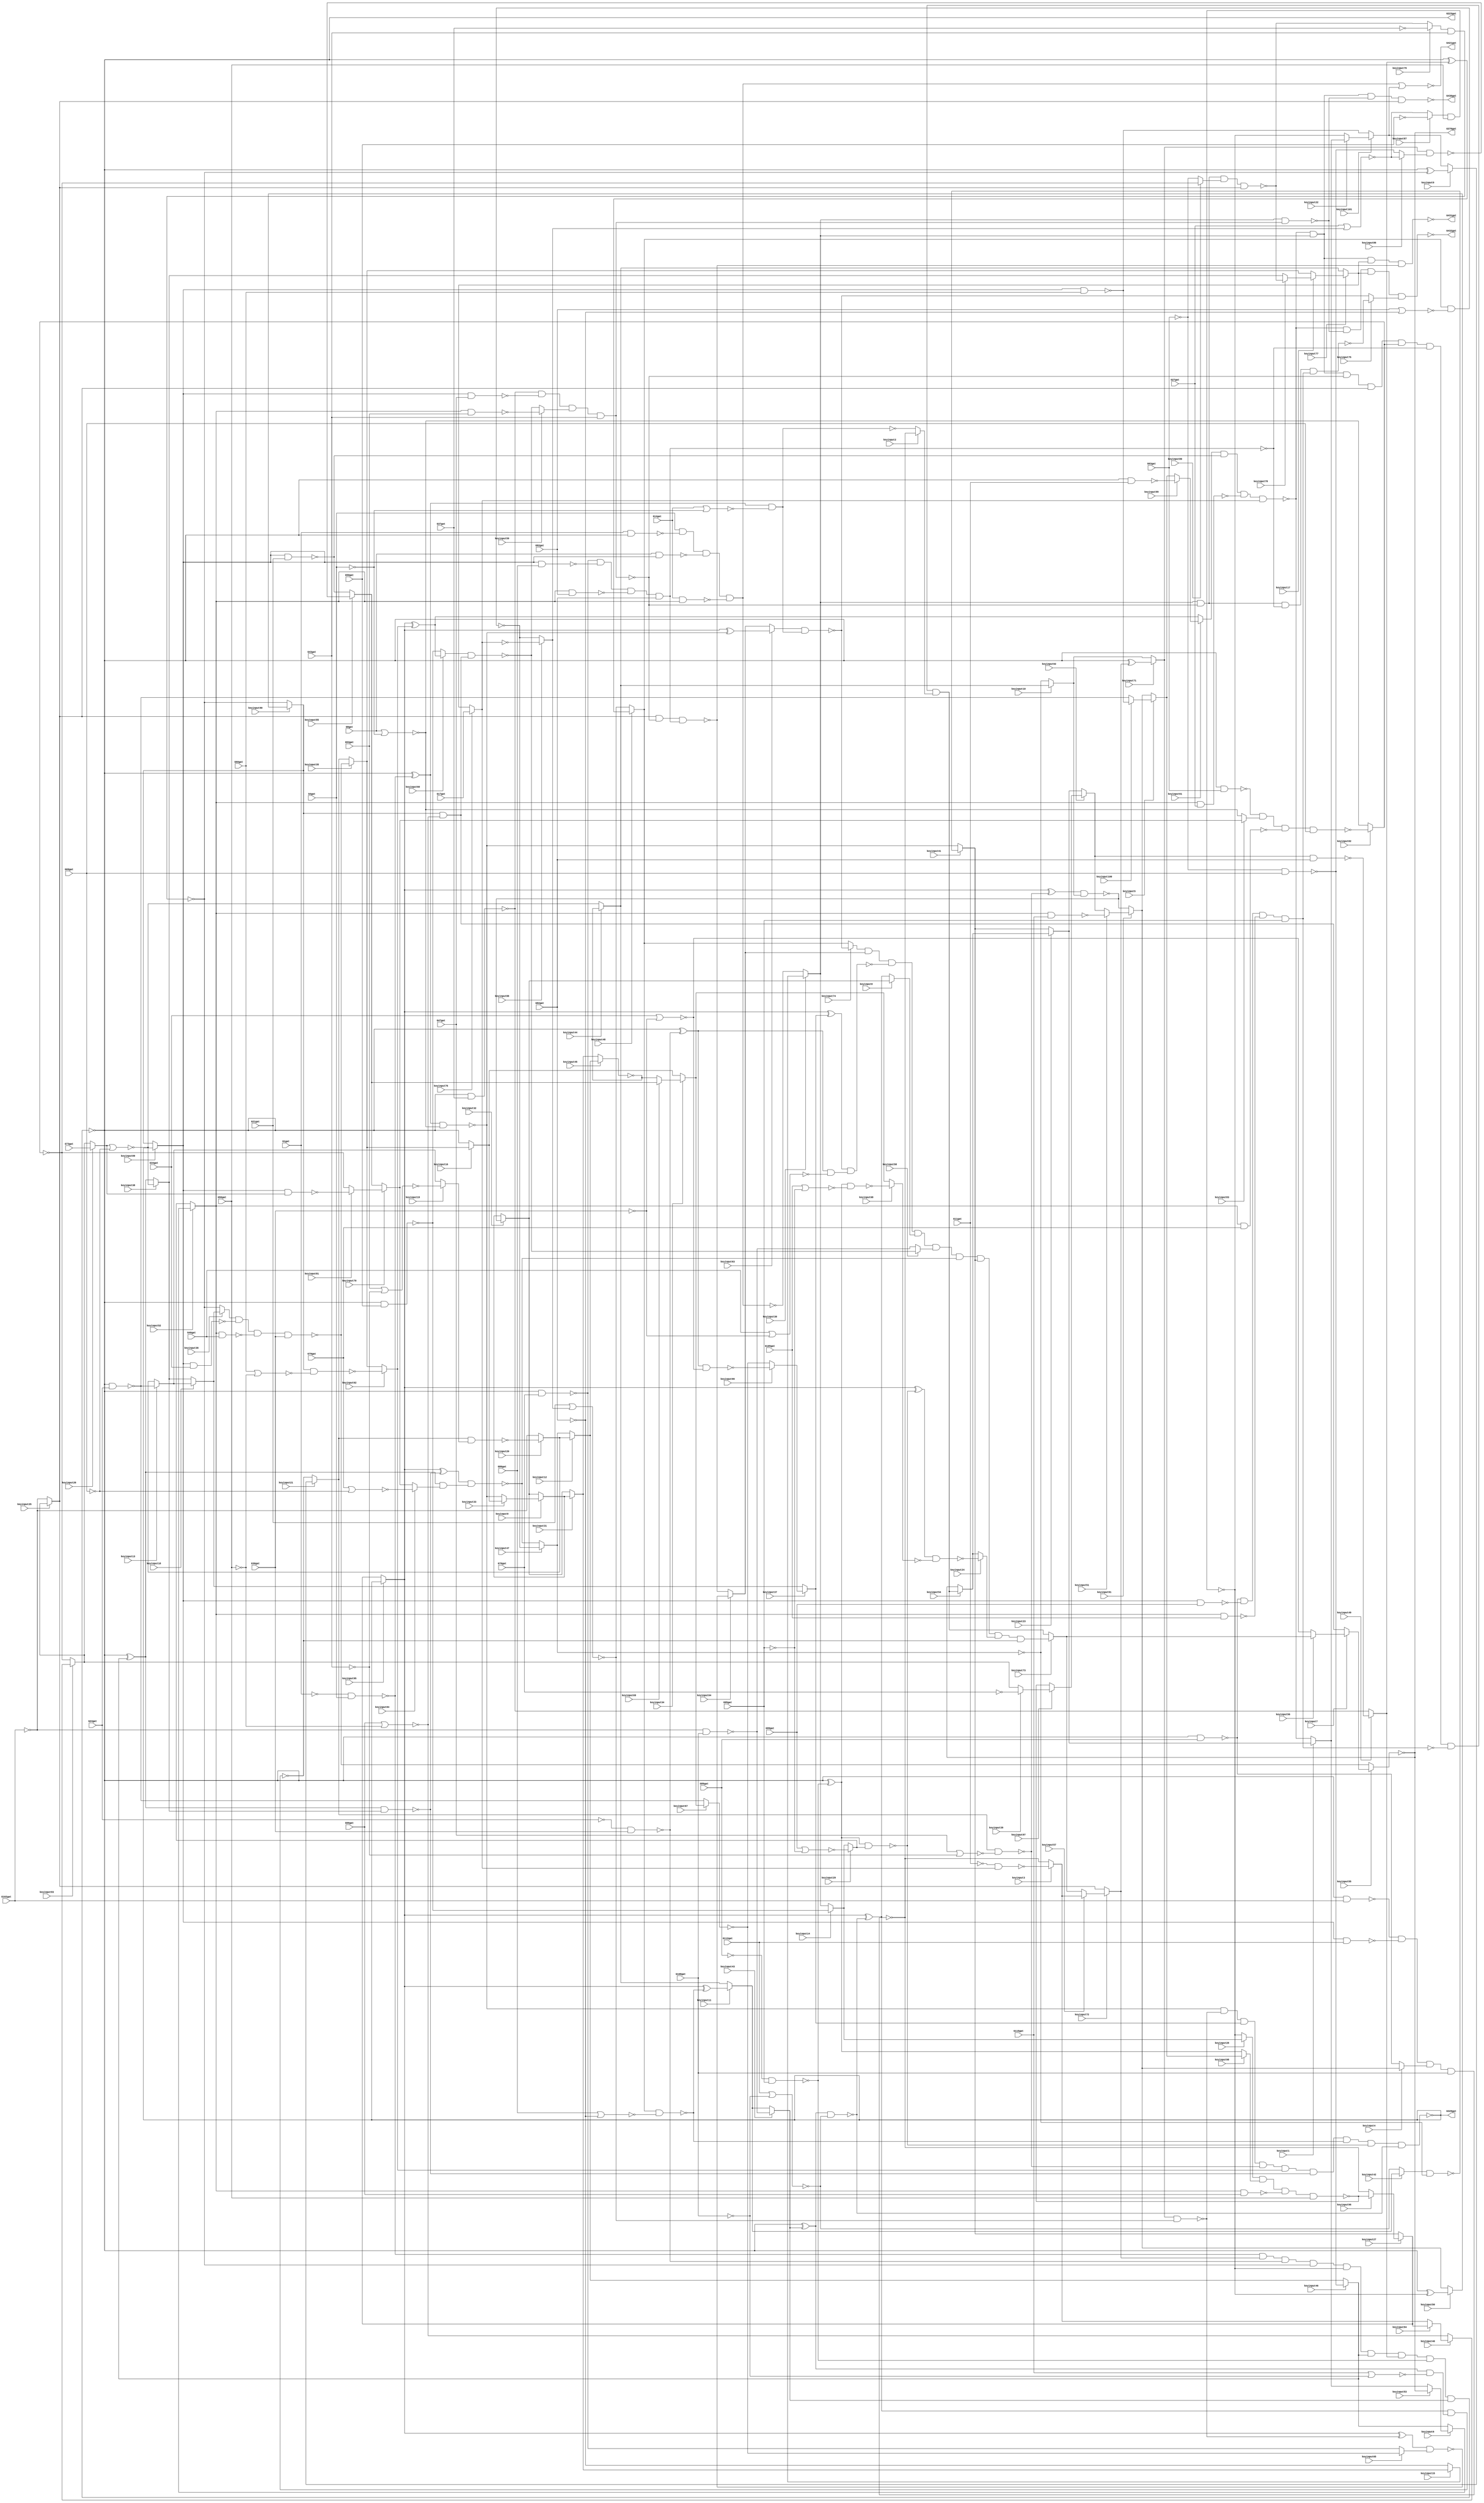
// This program was cloned from: https://github.com/matthewdelorenzo/CreativEval
// License: BSD 3-Clause "New" or "Revised" License

// Verilog File 
module top (G1gat,G4gat,G8gat,G11gat,G14gat,G17gat,G21gat,G24gat,G27gat,
G30gat,G34gat,G37gat,G40gat,G43gat,G47gat,G50gat,G53gat,G56gat,G60gat,
G63gat,G66gat,G69gat,G73gat,G76gat,G79gat,G82gat,G86gat,G89gat,G92gat,
G95gat,G99gat,G102gat,G105gat,G108gat,G112gat,G115gat,G223gat,G329gat,G370gat,
G421gat,G430gat,G431gat,G432gat,keyinput0,keyinput1,keyinput2,keyinput3,keyinput4,keyinput5,
keyinput6,keyinput7,keyinput8,keyinput9,keyinput10,keyinput11,keyinput12,keyinput13,keyinput14,keyinput15,
keyinput16,keyinput17,keyinput18,keyinput19,keyinput20,keyinput21,keyinput22,keyinput23,keyinput24,keyinput25,
keyinput26,keyinput27,keyinput28,keyinput29,keyinput30,keyinput31,keyinput32,keyinput33,keyinput34,keyinput35,
keyinput36,keyinput37,keyinput38,keyinput39,keyinput40,keyinput41,keyinput42,keyinput43,keyinput44,keyinput45,
keyinput46,keyinput47,keyinput48,keyinput49,keyinput50,keyinput51,keyinput52,keyinput53,keyinput54,keyinput55,
keyinput56,keyinput57,keyinput58,keyinput59,keyinput60,keyinput61,keyinput62,keyinput63,keyinput64,keyinput65,
keyinput66,keyinput67,keyinput68,keyinput69,keyinput70,keyinput71,keyinput72,keyinput73,keyinput74,keyinput75,
keyinput76,keyinput77,keyinput78,keyinput79,keyinput80,keyinput81,keyinput82,keyinput83,keyinput84,keyinput85,
keyinput86,keyinput87,keyinput88,keyinput89,keyinput90,keyinput91,keyinput92,keyinput93,keyinput94,keyinput95,
keyinput96,keyinput97,keyinput98,keyinput99,keyinput100,keyinput101);

input G1gat,G4gat,G8gat,G11gat,G14gat,G17gat,G21gat,G24gat,G27gat,
G30gat,G34gat,G37gat,G40gat,G43gat,G47gat,G50gat,G53gat,G56gat,G60gat,
G63gat,G66gat,G69gat,G73gat,G76gat,G79gat,G82gat,G86gat,G89gat,G92gat,
G95gat,G99gat,G102gat,G105gat,G108gat,G112gat,G115gat,keyinput0,keyinput1,keyinput2,
keyinput3,keyinput4,keyinput5,keyinput6,keyinput7,keyinput8,keyinput9,keyinput10,keyinput11,keyinput12,
keyinput13,keyinput14,keyinput15,keyinput16,keyinput17,keyinput18,keyinput19,keyinput20,keyinput21,keyinput22,
keyinput23,keyinput24,keyinput25,keyinput26,keyinput27,keyinput28,keyinput29,keyinput30,keyinput31,keyinput32,
keyinput33,keyinput34,keyinput35,keyinput36,keyinput37,keyinput38,keyinput39,keyinput40,keyinput41,keyinput42,
keyinput43,keyinput44,keyinput45,keyinput46,keyinput47,keyinput48,keyinput49,keyinput50,keyinput51,keyinput52,
keyinput53,keyinput54,keyinput55,keyinput56,keyinput57,keyinput58,keyinput59,keyinput60,keyinput61,keyinput62,
keyinput63,keyinput64,keyinput65,keyinput66,keyinput67,keyinput68,keyinput69,keyinput70,keyinput71,keyinput72,
keyinput73,keyinput74,keyinput75,keyinput76,keyinput77,keyinput78,keyinput79,keyinput80,keyinput81,keyinput82,
keyinput83,keyinput84,keyinput85,keyinput86,keyinput87,keyinput88,keyinput89,keyinput90,keyinput91,keyinput92,
keyinput93,keyinput94,keyinput95,keyinput96,keyinput97,keyinput98,keyinput99,keyinput100,keyinput101;

output G223gat,G329gat,G370gat,G421gat,G430gat,G431gat,G432gat;

wire G118gat,G119gat,G122gat,G123gat,G126gat,G127gat,G130gat,G131gat,G134gat,
G135gat,G138gat,G139gat,G142gat,G143gat,G146gat,G147gat,G150gat,G151gat,G154gat,
G157gat,G158gat,G159gat,G162gat,G165gat,G168gat,G171gat,G174gat,G177gat,G180gat,
G183gat,G184gat,G185gat,G186gat,G187gat,G188gat,G189gat,G190gat,G191gat,G192gat,
G193gat,G194gat,G195gat,G196gat,G197gat,G198gat,G199gat,G203gat,G213gat,G224gat,
G227gat,G230gat,G233gat,G236gat,G239gat,G242gat,G243gat,G246gat,G247gat,G250gat,
G251gat,G254gat,G255gat,G256gat,G257gat,G258gat,G259gat,G260gat,G263gat,G264gat,
G267gat,G270gat,G273gat,G276gat,G279gat,G282gat,G285gat,G288gat,G289gat,G290gat,
G291gat,G292gat,G293gat,G294gat,G295gat,G296gat,G300gat,G301gat,G302gat,G303gat,
G304gat,G305gat,G306gat,G307gat,G308gat,G309gat,G319gat,G330gat,G331gat,G332gat,
G333gat,G334gat,G335gat,G336gat,G337gat,G338gat,G339gat,G340gat,G341gat,G342gat,
G343gat,G344gat,G345gat,G346gat,G347gat,G348gat,G349gat,G350gat,G351gat,G352gat,
G353gat,G354gat,G355gat,G356gat,G357gat,G360gat,G371gat,G372gat,G373gat,G374gat,
G375gat,G376gat,G377gat,G378gat,G379gat,G380gat,G381gat,G386gat,G393gat,G399gat,
G404gat,G407gat,G411gat,G414gat,G415gat,G416gat,G417gat,G418gat,G419gat,G420gat,
G422gat,G425gat,G428gat,G429gat,muxed0,muxed1,muxed2,muxed3,muxed4,muxed5,
muxed6,muxed7,muxed8,muxed9,muxed10,muxed11,muxed12,muxed13,muxed14,muxed15,
muxed16,muxed17,muxed18,muxed19,muxed20,muxed21,muxed22,muxed23,muxed24,muxed25,
muxed26,muxed27,muxed28,muxed29,muxed30,muxed31,muxed32,muxed33,muxed34,muxed35,
muxed36,muxed37,muxed38,muxed39,muxed40,muxed41,muxed42,muxed43,muxed44,muxed45,
muxed46,muxed47,muxed48,muxed49,muxed50,muxed51,muxed52,muxed53,muxed54,muxed55,
muxed56,muxed57,muxed58,muxed59,muxed60,muxed61,muxed62,muxed63,muxed64,muxed65,
muxed66,muxed67,muxed68,muxed69,muxed70,muxed71,muxed72,muxed73,muxed74,muxed75,
muxed76,muxed77,muxed78,muxed79,muxed80,muxed81,muxed82,muxed83,muxed84,muxed85,
muxed86,muxed87,muxed88,muxed89,muxed90,muxed91,muxed92,muxed93,muxed94,muxed95,
muxed96,muxed97,muxed98,muxed99,muxed100,muxed101;
not gate_0(G118gat,G1gat);
not gate_1(G119gat,G4gat);
not gate_2(G122gat,G11gat);
not gate_3(G123gat,muxed76);
not gate_4(G126gat,G24gat);
not gate_5(G127gat,G30gat);
not gate_6(G130gat,G37gat);
not gate_7(G131gat,G43gat);
not gate_8(G134gat,G50gat);
not gate_9(G135gat,G56gat);
not gate_10(G138gat,G63gat);
not gate_11(G139gat,G69gat);
not gate_12(G142gat,G76gat);
not gate_13(G143gat,G82gat);
not gate_14(G146gat,G89gat);
not gate_15(G147gat,G95gat);
not gate_16(G150gat,G102gat);
not gate_17(G151gat,G108gat);
nand gate_18(G154gat,G118gat,G4gat);
nor gate_19(G157gat,G8gat,G119gat);
nor gate_20(G158gat,G14gat,G119gat);
nand gate_21(G159gat,G122gat,muxed76);
nand gate_22(G162gat,G126gat,G30gat);
nand gate_23(G165gat,muxed79,G43gat);
nand gate_24(G168gat,muxed87,G56gat);
nand gate_25(G171gat,G138gat,G69gat);
nand gate_26(G174gat,muxed92,G82gat);
nand gate_27(G177gat,G146gat,G95gat);
nand gate_28(G180gat,G150gat,G108gat);
nor gate_29(G183gat,G21gat,muxed88);
nor gate_30(G184gat,G27gat,muxed88);
nor gate_31(G185gat,G34gat,G127gat);
nor gate_32(G186gat,G40gat,G127gat);
nor gate_33(G187gat,G47gat,G131gat);
nor gate_34(G188gat,G53gat,G131gat);
nor gate_35(G189gat,G60gat,G135gat);
nor gate_36(G190gat,G66gat,G135gat);
nor gate_37(G191gat,muxed26,G139gat);
nor gate_38(G192gat,G79gat,G139gat);
nor gate_39(G193gat,G86gat,G143gat);
nor gate_40(G194gat,G92gat,G143gat);
nor gate_41(G195gat,G99gat,G147gat);
nor gate_42(G196gat,G105gat,G147gat);
nor gate_43(G197gat,G112gat,G151gat);
nor gate_44(G198gat,G115gat,G151gat);
and gate_45(G199gat,G154gat,muxed72,G162gat,G165gat,G168gat,muxed46,muxed49,G177gat,muxed43);
not gate_46(G203gat,G199gat);
not gate_47(G213gat,G199gat);
not gate_48(G223gat,G199gat);
xor gate_49(G224gat,G203gat,G154gat);
xor gate_50(G227gat,G203gat,muxed72);
xor gate_51(G230gat,G203gat,G162gat);
xor gate_52(G233gat,G203gat,G165gat);
xor gate_53(G236gat,G203gat,G168gat);
xor gate_54(G239gat,G203gat,muxed46);
nand gate_55(G242gat,G1gat,G213gat);
xor gate_56(G243gat,G203gat,muxed49);
nand gate_57(G246gat,G213gat,G11gat);
xor gate_58(G247gat,G203gat,G177gat);
nand gate_59(G250gat,G213gat,G24gat);
xor gate_60(G251gat,G203gat,muxed43);
nand gate_61(G254gat,G213gat,G37gat);
nand gate_62(G255gat,G213gat,G50gat);
nand gate_63(G256gat,G213gat,G63gat);
nand gate_64(G257gat,G213gat,G76gat);
nand gate_65(G258gat,G213gat,G89gat);
nand gate_66(G259gat,G213gat,G102gat);
nand gate_67(G260gat,G224gat,G157gat);
nand gate_68(G263gat,G224gat,G158gat);
nand gate_69(G264gat,muxed71,G183gat);
nand gate_70(G267gat,G230gat,G185gat);
nand gate_71(G270gat,muxed21,G187gat);
nand gate_72(G273gat,muxed90,G189gat);
nand gate_73(G276gat,G239gat,muxed38);
nand gate_74(G279gat,muxed48,G193gat);
nand gate_75(G282gat,G247gat,muxed29);
nand gate_76(G285gat,G251gat,G197gat);
nand gate_77(G288gat,muxed71,muxed86);
nand gate_78(G289gat,G230gat,G186gat);
nand gate_79(G290gat,muxed21,muxed19);
nand gate_80(G291gat,muxed90,G190gat);
nand gate_81(G292gat,G239gat,muxed84);
nand gate_82(G293gat,muxed48,G194gat);
nand gate_83(G294gat,G247gat,G196gat);
nand gate_84(G295gat,G251gat,G198gat);
and gate_85(G296gat,G260gat,G264gat,muxed37,G270gat,muxed62,G276gat,G279gat,G282gat,G285gat);
not gate_86(G300gat,G263gat);
not gate_87(G301gat,muxed67);
not gate_88(G302gat,G289gat);
not gate_89(G303gat,muxed45);
not gate_90(G304gat,G291gat);
not gate_91(G305gat,G292gat);
not gate_92(G306gat,muxed47);
not gate_93(G307gat,muxed68);
not gate_94(G308gat,G295gat);
not gate_95(G309gat,G296gat);
not gate_96(G319gat,G296gat);
not gate_97(G329gat,G296gat);
xor gate_98(G330gat,muxed95,G260gat);
xor gate_99(G331gat,muxed95,G264gat);
xor gate_100(G332gat,muxed95,muxed37);
xor gate_101(G333gat,muxed95,G270gat);
nand gate_102(G334gat,G8gat,muxed89);
xor gate_103(G335gat,muxed95,muxed62);
nand gate_104(G336gat,muxed89,G21gat);
xor gate_105(G337gat,muxed95,G276gat);
nand gate_106(G338gat,muxed89,G34gat);
xor gate_107(G339gat,muxed95,G279gat);
nand gate_108(G340gat,muxed89,G47gat);
xor gate_109(G341gat,muxed95,G282gat);
nand gate_110(G342gat,muxed89,G60gat);
xor gate_111(G343gat,muxed95,G285gat);
nand gate_112(G344gat,muxed89,muxed26);
nand gate_113(G345gat,muxed89,G86gat);
nand gate_114(G346gat,muxed89,G99gat);
nand gate_115(G347gat,muxed89,G112gat);
nand gate_116(G348gat,muxed63,G300gat);
nand gate_117(G349gat,G331gat,muxed65);
nand gate_118(G350gat,G332gat,G302gat);
nand gate_119(G351gat,G333gat,muxed10);
nand gate_120(G352gat,muxed60,G304gat);
nand gate_121(G353gat,G337gat,G305gat);
nand gate_122(G354gat,muxed42,G306gat);
nand gate_123(G355gat,G341gat,G307gat);
nand gate_124(G356gat,G343gat,G308gat);
and gate_125(G357gat,muxed74,muxed64,G350gat,muxed8,muxed58,G353gat,muxed41,muxed24,G356gat);
not gate_126(G360gat,muxed55);
not gate_127(G370gat,muxed55);
nand gate_128(G371gat,G14gat,muxed52);
nand gate_129(G372gat,muxed52,G27gat);
nand gate_130(G373gat,muxed52,G40gat);
nand gate_131(G374gat,muxed52,G53gat);
nand gate_132(G375gat,muxed52,G66gat);
nand gate_133(G376gat,muxed52,G79gat);
nand gate_134(G377gat,muxed52,G92gat);
nand gate_135(G378gat,muxed52,G105gat);
nand gate_136(G379gat,muxed52,G115gat);
nand gate_137(G380gat,G4gat,G242gat,G334gat,G371gat);
nand gate_138(G381gat,muxed61,G336gat,G372gat,muxed76);
nand gate_139(G386gat,muxed36,G338gat,G373gat,G30gat);
nand gate_140(G393gat,G254gat,G340gat,muxed59,G43gat);
nand gate_141(G399gat,muxed28,muxed98,G375gat,G56gat);
nand gate_142(G404gat,G256gat,muxed83,G376gat,G69gat);
nand gate_143(G407gat,G257gat,G345gat,G377gat,G82gat);
nand gate_144(G411gat,G258gat,G346gat,G378gat,G95gat);
nand gate_145(G414gat,G259gat,G347gat,muxed4,G108gat);
not gate_146(G415gat,G380gat);
and gate_147(G416gat,G381gat,muxed30,G393gat,muxed25,muxed82,G407gat,G411gat,muxed2);
not gate_148(G417gat,G393gat);
not gate_149(G418gat,muxed82);
not gate_150(G419gat,G407gat);
not gate_151(G420gat,G411gat);
nor gate_152(G421gat,G415gat,muxed101);
nand gate_153(G422gat,muxed30,G417gat);
nand gate_154(G425gat,muxed30,G393gat,muxed80,muxed25);
nand gate_155(G428gat,muxed25,G393gat,G419gat);
nand gate_156(G429gat,muxed30,G393gat,G407gat,G420gat);
nand gate_157(G430gat,G381gat,muxed30,G422gat,muxed25);
nand gate_158(G431gat,G381gat,muxed30,muxed77,G428gat);
nand gate_159(G432gat,G381gat,G422gat,muxed77,muxed75);
assign muxed0 = keyinput0 ? G233gat : muxed101;
assign muxed1 = keyinput1 ? muxed23 : G381gat;
assign muxed2 = keyinput2 ? G414gat : G263gat;
assign muxed3 = keyinput3 ? G159gat : G414gat;
assign muxed4 = keyinput4 ? muxed91 : G258gat;
assign muxed5 = keyinput5 ? muxed100 : muxed91;
assign muxed6 = keyinput6 ? muxed53 : muxed46;
assign muxed7 = keyinput7 ? muxed56 : G304gat;
assign muxed8 = keyinput8 ? muxed32 : G343gat;
assign muxed9 = keyinput9 ? muxed33 : muxed32;
assign muxed10 = keyinput10 ? muxed44 : G306gat;
assign muxed11 = keyinput11 ? G339gat : muxed44;
assign muxed12 = keyinput12 ? muxed20 : muxed47;
assign muxed13 = keyinput13 ? G250gat : muxed20;
assign muxed14 = keyinput14 ? G255gat : muxed30;
assign muxed15 = keyinput15 ? muxed31 : G143gat;
assign muxed16 = keyinput16 ? muxed35 : G203gat;
assign muxed17 = keyinput17 ? muxed78 : muxed35;
assign muxed18 = keyinput18 ? muxed13 : muxed38;
assign muxed19 = keyinput19 ? G188gat : muxed13;
assign muxed20 = keyinput20 ? G290gat : G150gat;
assign muxed21 = keyinput21 ? muxed0 : G356gat;
assign muxed22 = keyinput22 ? muxed1 : G168gat;
assign muxed23 = keyinput23 ? muxed54 : muxed41;
assign muxed24 = keyinput24 ? G355gat : muxed54;
assign muxed25 = keyinput25 ? muxed93 : G150gat;
assign muxed26 = keyinput26 ? G73gat : muxed93;
assign muxed27 = keyinput27 ? muxed96 : muxed41;
assign muxed28 = keyinput28 ? muxed14 : G168gat;
assign muxed29 = keyinput29 ? G195gat : muxed14;
assign muxed30 = keyinput30 ? muxed15 : G380gat;
assign muxed31 = keyinput31 ? muxed9 : muxed32;
assign muxed32 = keyinput32 ? G351gat : muxed9;
assign muxed33 = keyinput33 ? muxed16 : G260gat;
assign muxed34 = keyinput34 ? muxed69 : muxed16;
assign muxed35 = keyinput35 ? G386gat : muxed21;
assign muxed36 = keyinput36 ? muxed18 : G165gat;
assign muxed37 = keyinput37 ? muxed66 : muxed18;
assign muxed38 = keyinput38 ? G191gat : G239gat;
assign muxed39 = keyinput39 ? G142gat : muxed93;
assign muxed40 = keyinput40 ? muxed94 : G190gat;
assign muxed41 = keyinput41 ? G354gat : G260gat;
assign muxed42 = keyinput42 ? muxed11 : G197gat;
assign muxed43 = keyinput43 ? G180gat : muxed11;
assign muxed44 = keyinput44 ? G303gat : G191gat;
assign muxed45 = keyinput45 ? muxed12 : muxed31;
assign muxed46 = keyinput46 ? G171gat : muxed12;
assign muxed47 = keyinput47 ? G293gat : G353gat;
assign muxed48 = keyinput48 ? G243gat : G183gat;
assign muxed49 = keyinput49 ? G174gat : G254gat;
assign muxed50 = keyinput50 ? G236gat : muxed91;
assign muxed51 = keyinput51 ? G379gat : muxed92;
assign muxed52 = keyinput52 ? muxed6 : muxed29;
assign muxed53 = keyinput53 ? G360gat : muxed1;
assign muxed54 = keyinput54 ? G416gat : G360gat;
assign muxed55 = keyinput55 ? muxed7 : G386gat;
assign muxed56 = keyinput56 ? muxed73 : G185gat;
assign muxed57 = keyinput57 ? muxed3 : muxed73;
assign muxed58 = keyinput58 ? G352gat : G180gat;
assign muxed59 = keyinput59 ? G374gat : G352gat;
assign muxed60 = keyinput60 ? G335gat : G255gat;
assign muxed61 = keyinput61 ? muxed99 : G335gat;
assign muxed62 = keyinput62 ? G273gat : muxed35;
assign muxed63 = keyinput63 ? G330gat : muxed64;
assign muxed64 = keyinput64 ? G349gat : G428gat;
assign muxed65 = keyinput65 ? G301gat : G257gat;
assign muxed66 = keyinput66 ? G267gat : G301gat;
assign muxed67 = keyinput67 ? muxed34 : G250gat;
assign muxed68 = keyinput68 ? G294gat : muxed34;
assign muxed69 = keyinput69 ? muxed85 : G303gat;
assign muxed70 = keyinput70 ? muxed81 : muxed85;
assign muxed71 = keyinput71 ? G227gat : muxed10;
assign muxed72 = keyinput72 ? muxed57 : muxed25;
assign muxed73 = keyinput73 ? G357gat : G416gat;
assign muxed74 = keyinput74 ? G348gat : muxed48;
assign muxed75 = keyinput75 ? G429gat : G348gat;
assign muxed76 = keyinput76 ? G17gat : muxed77;
assign muxed77 = keyinput77 ? muxed17 : muxed44;
assign muxed78 = keyinput78 ? G425gat : muxed38;
assign muxed79 = keyinput79 ? G130gat : G425gat;
assign muxed80 = keyinput80 ? G418gat : G138gat;
assign muxed81 = keyinput81 ? G344gat : G418gat;
assign muxed82 = keyinput82 ? G404gat : G157gat;
assign muxed83 = keyinput83 ? muxed70 : G157gat;
assign muxed84 = keyinput84 ? G192gat : muxed70;
assign muxed85 = keyinput85 ? G288gat : G336gat;
assign muxed86 = keyinput86 ? G184gat : G171gat;
assign muxed87 = keyinput87 ? G134gat : G184gat;
assign muxed88 = keyinput88 ? G123gat : G293gat;
assign muxed89 = keyinput89 ? G319gat : muxed90;
assign muxed90 = keyinput90 ? muxed50 : G165gat;
assign muxed91 = keyinput91 ? muxed51 : G351gat;
assign muxed92 = keyinput92 ? muxed97 : muxed23;
assign muxed93 = keyinput93 ? muxed40 : G418gat;
assign muxed94 = keyinput94 ? muxed27 : muxed3;
assign muxed95 = keyinput95 ? G309gat : muxed27;
assign muxed96 = keyinput96 ? G399gat : G414gat;
assign muxed97 = keyinput97 ? muxed39 : G399gat;
assign muxed98 = keyinput98 ? muxed5 : G247gat;
assign muxed99 = keyinput99 ? G246gat : muxed5;
assign muxed100 = keyinput100 ? G342gat : G250gat;
assign muxed101 = keyinput101 ? muxed22 : G342gat;
endmodule